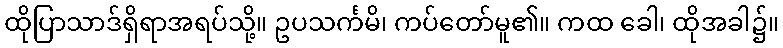
ထိုပြာသာဒ်ရှိရာအရပ်သို့။ ဥပသင်္ကမိ၊ ကပ်တော်မူ၏။ ကထ ခေါ၊ ထိုအခါ၌။